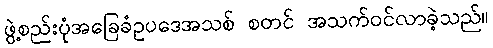
ဖွဲ့စည်းပုံအခြေခံဥပဒေအသစ် စတင် အသက်ဝင်လာခဲ့သည်။